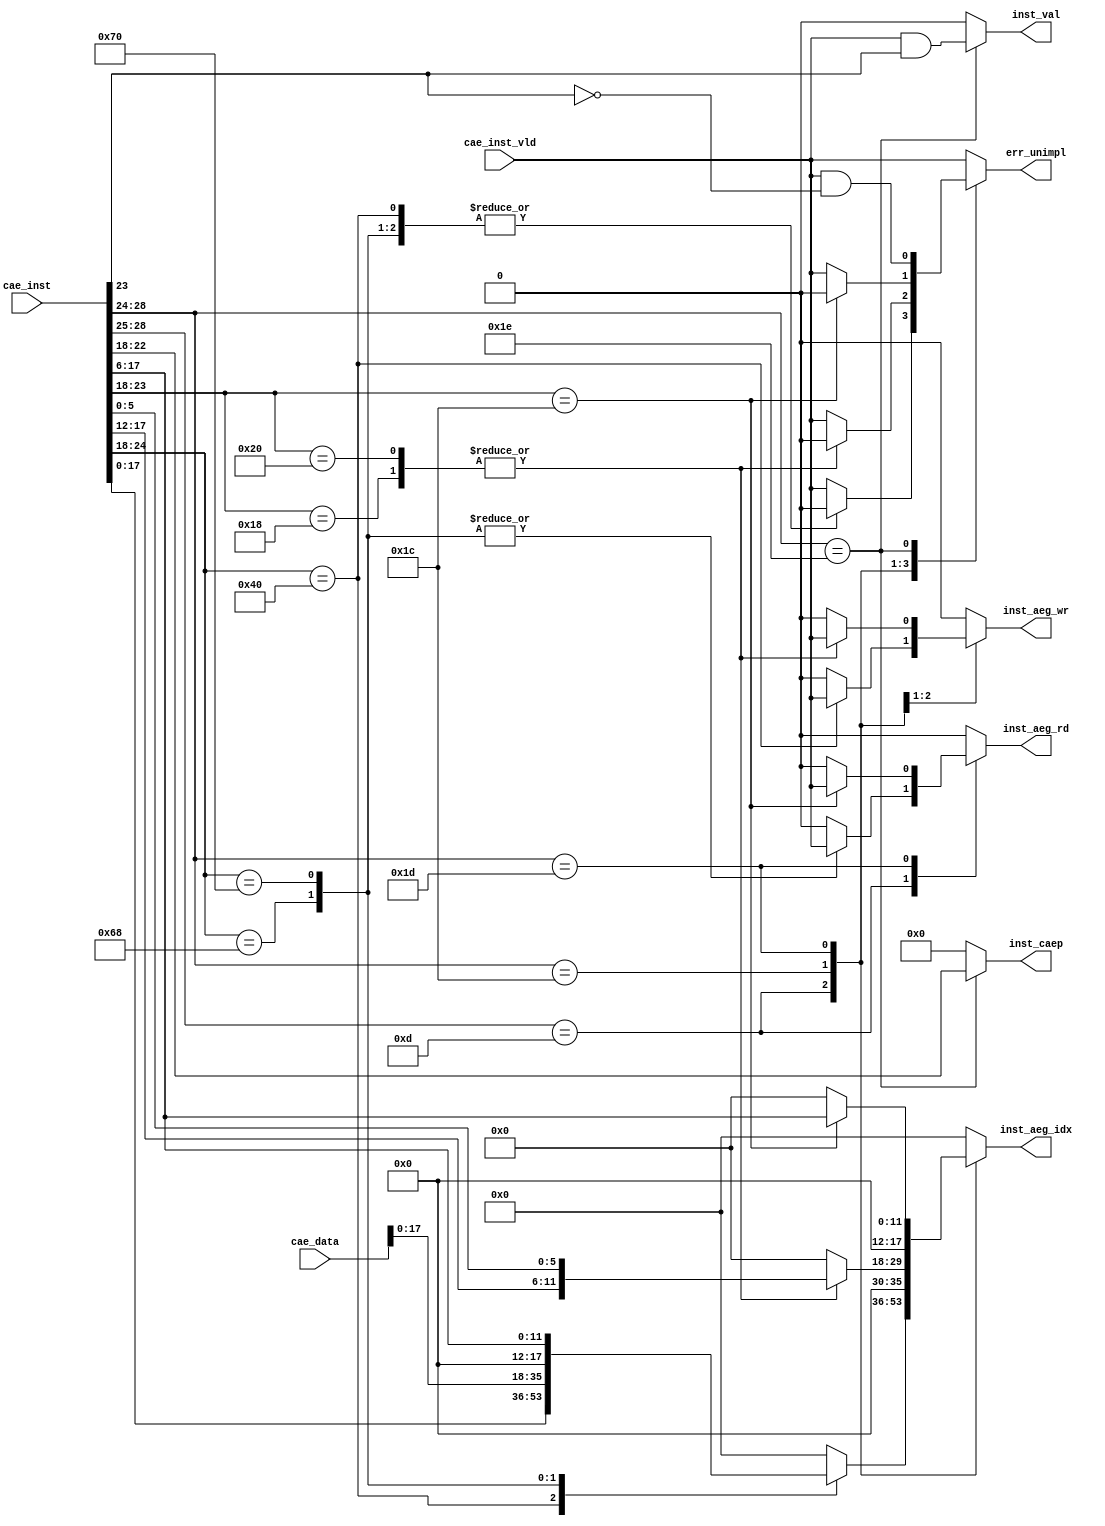
module instdec (
input	[31:0]	cae_inst,
input	[63:0]	cae_data,
input		cae_inst_vld,

output		inst_val,
output	[4:0]	inst_caep,
output		inst_aeg_wr,
output		inst_aeg_rd,
output	[17:0]	inst_aeg_idx,

output		err_unimpl
);

    reg		c_val, c_aeg_wr, c_aeg_rd, c_unimpl;
    reg [4:0]	c_caep;
    reg [17:0]	c_aeg_idx;

    always @* begin
	c_val = 'b0;
	c_caep = 'b0;
	c_aeg_wr = 'b0;
	c_aeg_rd = 'b0;
	c_aeg_idx = 'b0;
	c_unimpl = 'b0;

	casex (cae_inst[28:24])
	// Format 4 instructions
	5'b1101?: begin
	    case (cae_inst[24:18])
	    7'h40: begin
		c_aeg_idx = cae_inst[17:0];
		c_aeg_wr  = cae_inst_vld;
	    end
	    7'h68: begin
		c_aeg_idx = cae_data[17:0];
		c_aeg_rd  = cae_inst_vld;
	    end
	    7'h70: begin
		c_aeg_idx = {6'b0, cae_inst[17:6]};
		c_aeg_rd  = cae_inst_vld;
	    end
	    default: c_unimpl = cae_inst_vld;
	    endcase
	end
	// Format 5 instructions
	5'b11100: begin
	    case (cae_inst[23:18])
	    6'h18: begin
		c_aeg_idx = {6'b0, cae_inst[17:12], cae_inst[5:0]};
		c_aeg_wr  = cae_inst_vld;
	    end
	    6'h20: begin
		c_aeg_idx = {6'b0, cae_inst[17:12], cae_inst[5:0]};
		c_aeg_wr  = cae_inst_vld;
	    end
	    default: c_unimpl = cae_inst_vld;
	    endcase
	end
	// Format 6 instructions
	5'b11101: begin
	    case (cae_inst[23:18])
	    6'h1c: begin
		c_aeg_idx = {6'b0, cae_inst[17:6]};
		c_aeg_rd  = cae_inst_vld;
	    end
	    default: c_unimpl = cae_inst_vld;
	    endcase
	end
	// Format 7 instructions
	5'b11110: begin
	    // CAEP instructions in range 20-3F
	    c_caep   = cae_inst[22:18];
	    c_val    = cae_inst_vld &  cae_inst[23];
	    c_unimpl = cae_inst_vld & !cae_inst[23];
	end

	default: c_unimpl = cae_inst_vld;
	endcase
    end

    assign inst_val = c_val;
    assign inst_caep = c_caep;
    assign inst_aeg_wr = c_aeg_wr;
    assign inst_aeg_rd = c_aeg_rd;
    assign inst_aeg_idx = c_aeg_idx;
    assign err_unimpl = c_unimpl;

endmodule